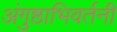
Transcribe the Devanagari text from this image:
अंगुष्ठाभिवर्तनी